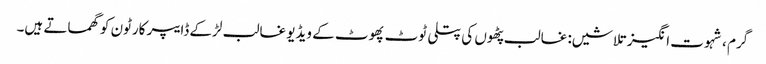
گرم ، شہوت انگیز تلاشیں: غالب پٹھوں کی پتلی ٹوٹ پھوٹ کے ویڈیو غالب لڑکے ڈایپر کارٹون کو گھماتے ہیں۔